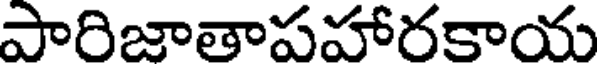
పారిజాతాపహారకాయ